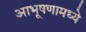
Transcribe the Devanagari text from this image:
आभूषणामध्ये